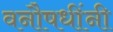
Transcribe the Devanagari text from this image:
वनौषधींनी